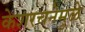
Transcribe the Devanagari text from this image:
केशरचनेमुळे